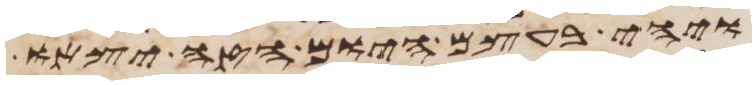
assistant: ויהי בעצם היום הזה יצאו